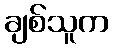
ချစ်သူက